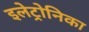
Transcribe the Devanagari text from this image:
इलेट्रोनिका